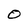
Character: O